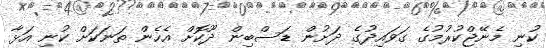
ކުނި މެނޭޖްކުރުމުގެ ގަވައިދުގެ ދަށުން ޑަސްބިން ދޫކޮށް އެހެން ތަނަކަށް ކުނި އަޅާ